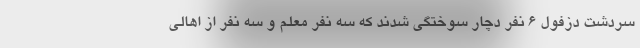
سردشت دزفول ۶ نفر دچار سوختگی شدند که سه نفر معلم و سه نفر از اهالی